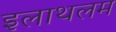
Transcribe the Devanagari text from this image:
इलाथलम